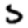
Digit: 5